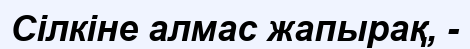
Сілкіне алмас жапырақ, -